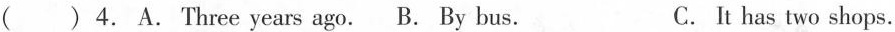
() 4. A. Three years ago. B. By bus. C. It has two shops.